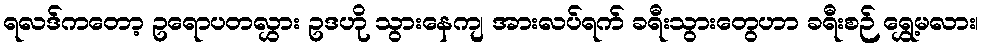
ရလဒ်ကတော့ ဥရောပတလွှား ဥဒဟို သွားနေကျ အားလပ်ရက် ခရီးသွားတွေဟာ ခရီးစဉ် ရွှေ့မလား၊